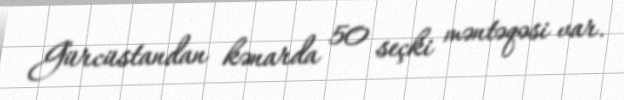
Gürcüstandan kənarda 50 seçki məntəqəsi var.